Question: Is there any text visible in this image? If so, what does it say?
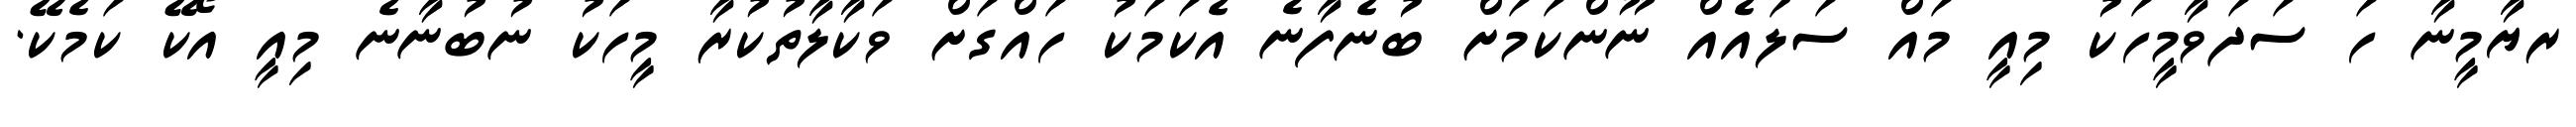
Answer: ރޔާމީނާ ހަ ސަދަވާމީހަކު މިއީ މައް ސަލައެއް ނޫންކަމަށް ބުނެފާނެ އެކަމަކު ހައްގަށް ވަކާލާތުކުރާ މީހަކު ނުބުނާނެ މިއީ އޯކޭ ކަމެކޭ.